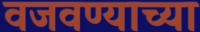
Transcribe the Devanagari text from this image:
वजवण्याच्या